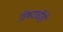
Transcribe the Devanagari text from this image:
विषयाचीही